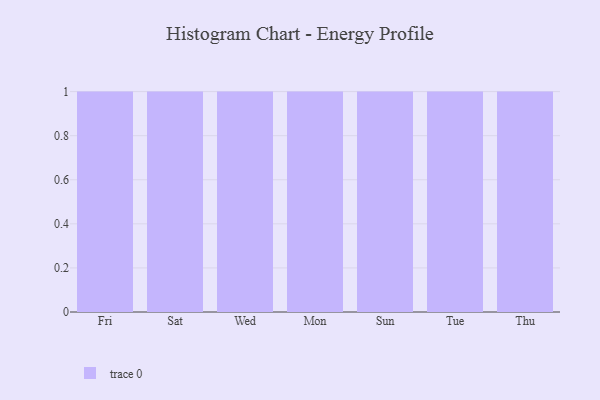
{"axis": {"x": "Day", "y": "Satisfaction Score"}, "legend": [""], "data": [{"x": "Fri", "y": 4, "type": ""}, {"x": "Sat", "y": 37, "type": ""}, {"x": "Wed", "y": 20, "type": ""}, {"x": "Mon", "y": 25, "type": ""}, {"x": "Sun", "y": 89, "type": ""}, {"x": "Tue", "y": 77, "type": ""}, {"x": "Thu", "y": 53, "type": ""}]}